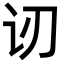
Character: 讱